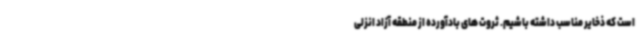
است که ذخایر مناسب داشته باشیم. ثروت های بادآورده از منطقه آزاد انزلی